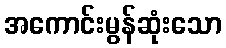
အကောင်းမွန်ဆုံးသော